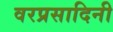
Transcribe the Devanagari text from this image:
वरप्रसादिनी